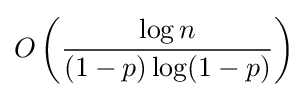
O\left({\frac {\log n}{(1-p)\log(1-p)}}\right)